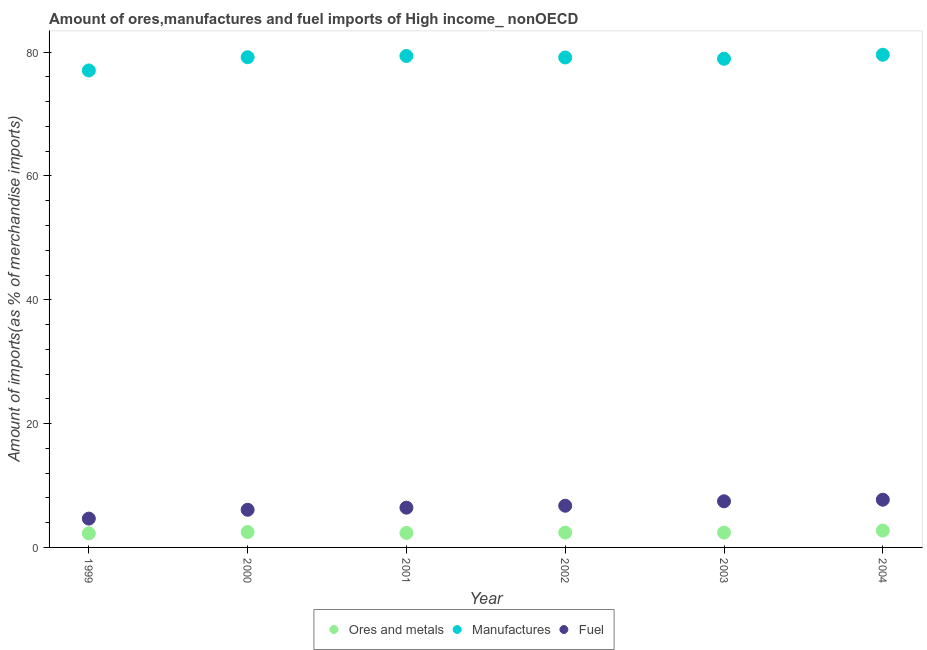
| Year | Ores and metals | Manufactures | Fuel |
 | --- | --- | --- | --- |
 | 1999 | 2.27 | 77 | 4.66 |
 | 2000 | 2.49 | 79.2 | 6.08 |
 | 2001 | 2.34 | 79.4 | 6.42 |
 | 2002 | 2.4 | 79.1 | 6.73 |
 | 2003 | 2.4 | 78.9 | 7.45 |
 | 2004 | 2.72 | 79.6 | 7.71 |